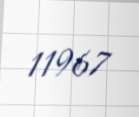
11967